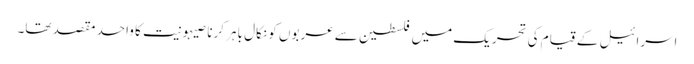
اسرائیل کے قیام کی تحریک میں فلسطین سے عربوں کو نکال باہر کرنا صیہونیت کا واحد مقصد تھا۔